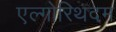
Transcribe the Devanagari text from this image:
एल्गोरिथदम